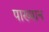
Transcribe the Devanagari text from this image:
पाख्यान